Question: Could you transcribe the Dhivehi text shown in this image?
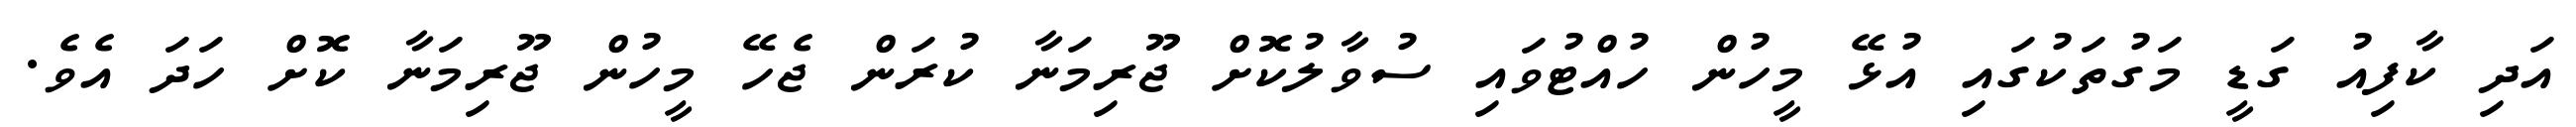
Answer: އަދި ކާފިއު ގަޑީ މަގުތަކުގައި އުޅޭ މީހުން ހުއްޓުވައި ސުވާލުކޮށް ޖޫރިމަނާ ކުރަން ޖެހޭ މީހުން ޖޫރިމަނާ ކޮށް ހަދަ އެވެ.